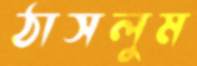
ঠাসলুম